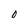
Character: 0